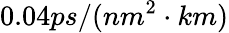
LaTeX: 0.04ps/(nm^{2}\cdot km)